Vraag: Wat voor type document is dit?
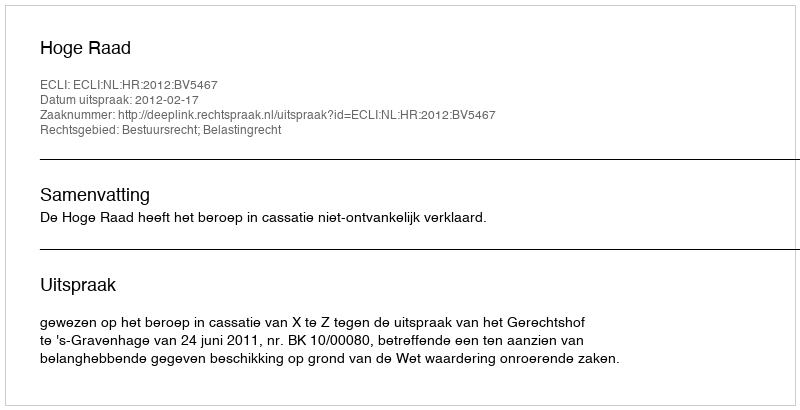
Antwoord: Uitspraak